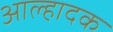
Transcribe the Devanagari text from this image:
आल्हादक